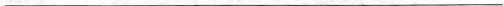
___